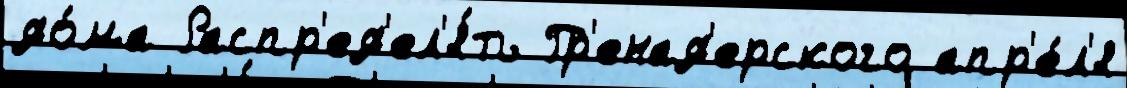
до́ма Распр'ед'ел'я́ть Гр'енад'ерского апр'е́л'я